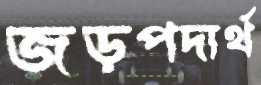
জড়পদার্থ